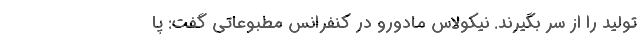
تولید را از سر بگیرند. نیکولاس مادورو در کنفرانس مطبوعاتی گفت: پا